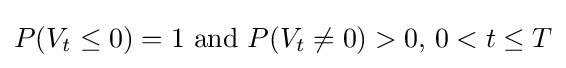
P(V_{t}\leq 0)=1{\text{ and }}P(V_{t}\neq 0)>0,\,0<t\leq T